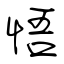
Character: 悟